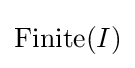
\operatorname {Finite} (I)